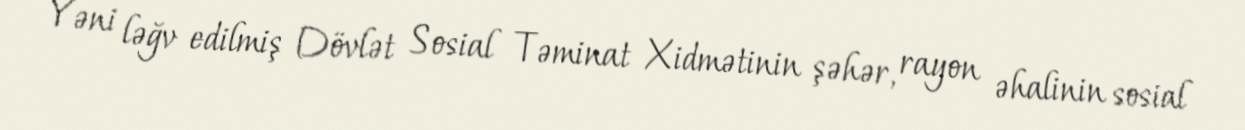
Yəni ləğv edilmiş Dövlət Sosial Təminat Xidmətinin şəhər, rayon əhalinin sosial